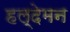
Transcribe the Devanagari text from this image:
हल्देमन